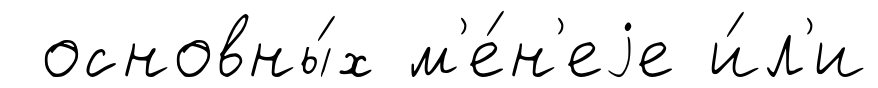
основны́х м'е́н'еjе и́л'и